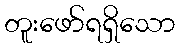
တူးဖော်ရရှိသော